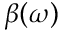
\beta ( \omega )